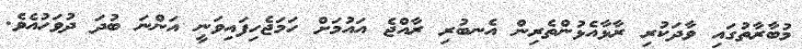
މުބާރާތުގައި ވާދަކުރި ރާޅާއެޅުންތެރިން އެނބުރި ރާއްޖެ އައުމަށް ހަމަޖެހިފައިވަނީ އަންނަ ބުދަ ދުވަހުއެވެ.